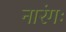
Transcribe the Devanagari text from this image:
नारंगः